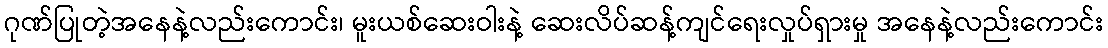
ဂုဏ်ပြုတဲ့အနေနဲ့လည်းကောင်း၊ မူးယစ်ဆေးဝါးနဲ့ ဆေးလိပ်ဆန့်ကျင်ရေးလှုပ်ရှားမှု အနေနဲ့လည်းကောင်း